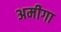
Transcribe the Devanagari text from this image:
अमीगा